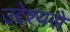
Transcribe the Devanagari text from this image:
उद्देश्‍यसे